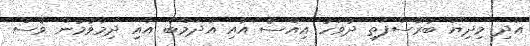
އަދި މިދިޔަ ބުރާސްފަތި ދުވަހު އިއްސެ އާއި އާދަމްބެ އާއި ދިމާވުމުން ވެސް